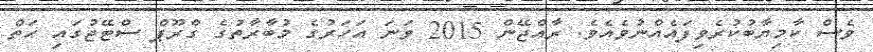
ވެސް ކާމިޔާބުކުރެވިފައެއްނުވެއެވެ. ރާއްޖޭން 2015 ވަނަ އަހަރުގެ މުބާރާތުގެ ގްރޫޕް ސްޓޭޖުގައި ހަތް